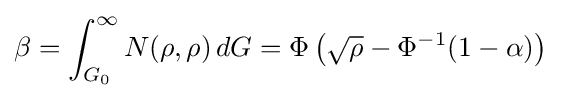
\beta =\int _{G_{0}}^{\infty }N(\rho ,\rho )\,dG=\Phi \left({\sqrt {\rho }}-\Phi ^{-1}(1-\alpha )\right)